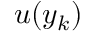
u ( y _ { k } )